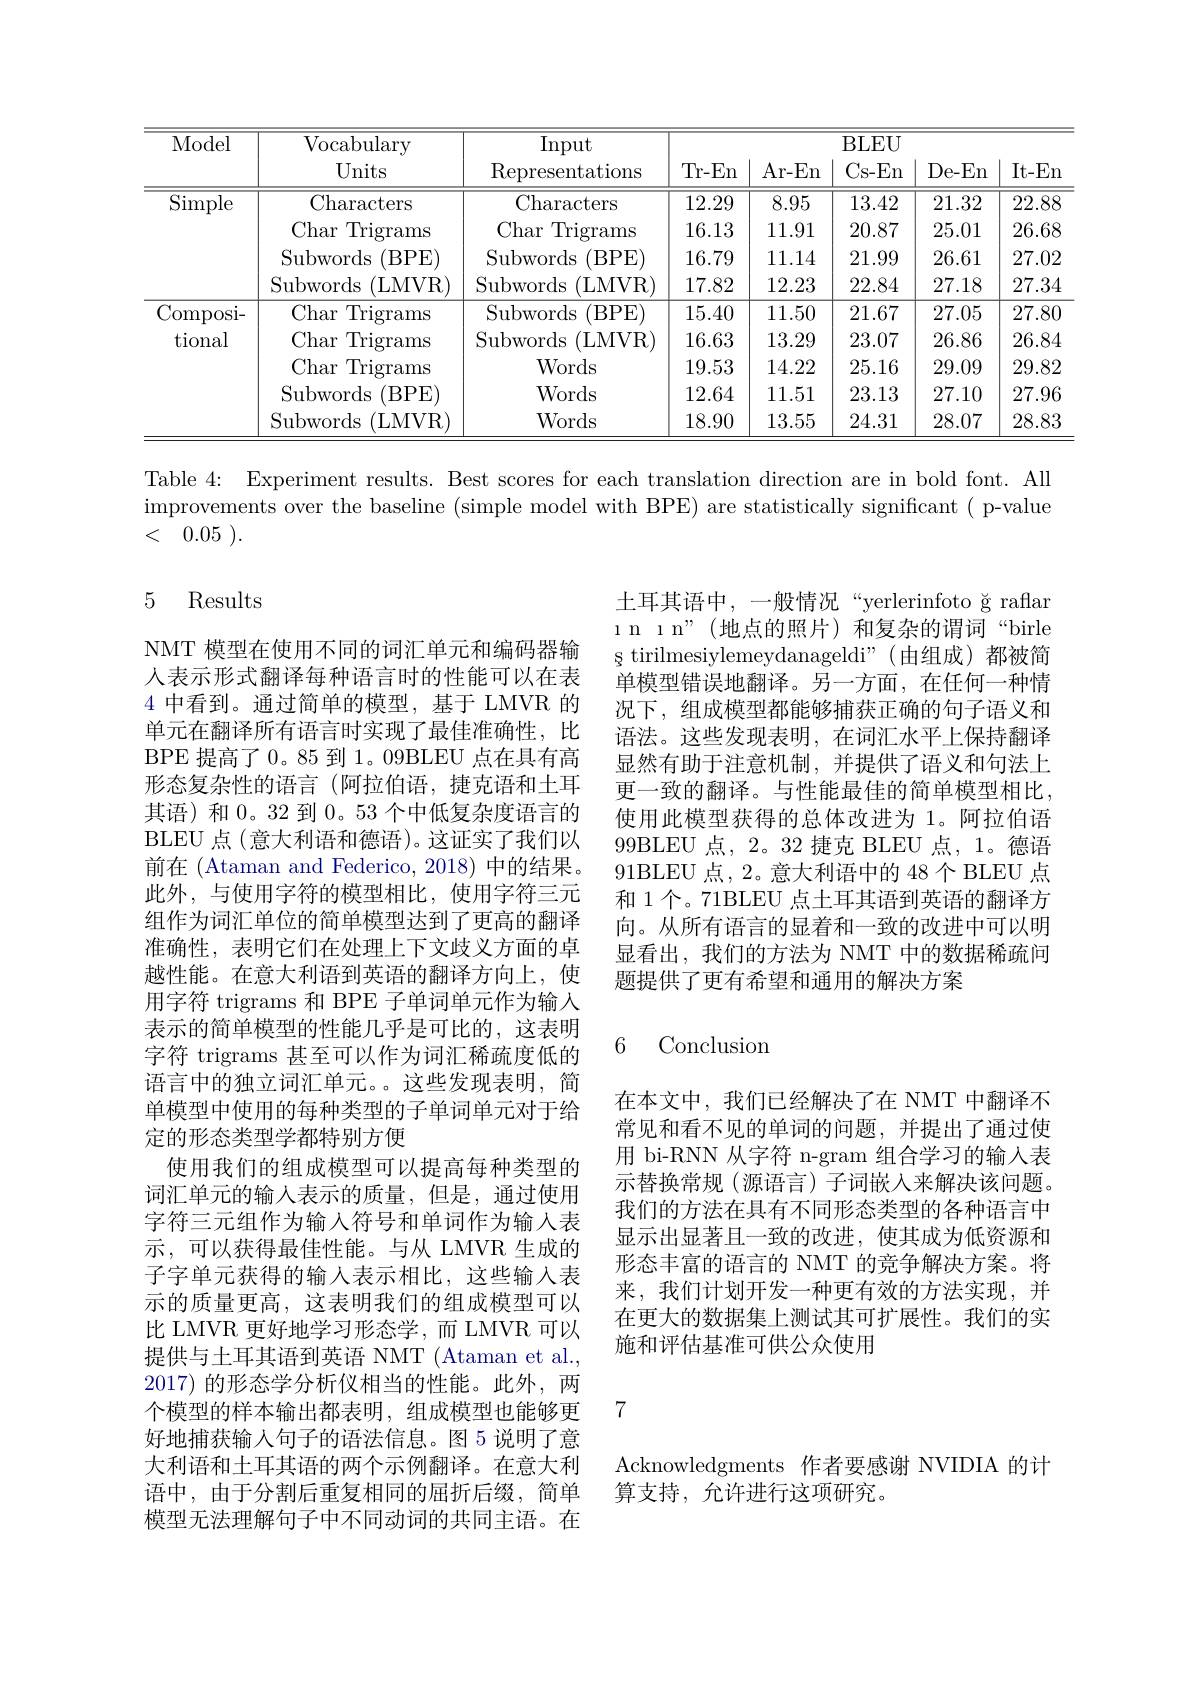
<table>
	<tbody>
		<tr>
			<th>Model</th>
			<th>$\operatorname{Vocabulary}$ Units</th>
			<th>Input Representations</th>
			<th>Tr- En</th>
			<th>Ar- En</th>
			<th>BLEU Cs- En</th>
			<th>De- En</th>
			<th>It- En</th>
		</tr>
		<tr>
			<td rowspan="4">Simple</td>
			<td>Characters</td>
			<td>Characters</td>
			<td>12.29</td>
			<td>8.95</td>
			<td>13.42</td>
			<td>21.32</td>
			<td>22.88</td>
		</tr>
		<tr>
			<td>Char Trigrams</td>
			<td>Char Trigrams</td>
			<td>16.13</td>
			<td>11.91</td>
			<td>20.87</td>
			<td>25.01</td>
			<td>26.68</td>
		</tr>
		<tr>
			<td>$\operatorname{Subwords}$ (BPE</td>
			<td>Subwords (BPE</td>
			<td>16.79</td>
			<td>11.14</td>
			<td>21.99</td>
			<td>26.61</td>
			<td>27.02</td>
		</tr>
		<tr>
			<td>Subwords (LMVR)</td>
			<td>$\operatorname{Subwords}$ (LMVR)</td>
			<td>17.82</td>
			<td>12.23</td>
			<td>22.84</td>
			<td>27.18</td>
			<td>27.34</td>
		</tr>
		<tr>
			<td rowspan="5">Composi- tional</td>
			<td>Char Trigrams</td>
			<td>Subwords (BPE</td>
			<td>15.40</td>
			<td>11.50</td>
			<td>21.67</td>
			<td>27.05</td>
			<td>27.80</td>
		</tr>
		<tr>
			<td>Char Trigrams</td>
			<td>Subwords (LMVR)</td>
			<td>16.63</td>
			<td>13.29</td>
			<td>23.07</td>
			<td>26.86</td>
			<td>26.84</td>
		</tr>
		<tr>
			<td>Char Trigrams</td>
			<td>Words</td>
			<td>19.53</td>
			<td>14.22</td>
			<td>25.16</td>
			<td>29.09</td>
			<td>29.82</td>
		</tr>
		<tr>
			<td>Subwords (BPE</td>
			<td>Words</td>
			<td>12.64</td>
			<td>11.51</td>
			<td>23.13</td>
			<td>27.10</td>
			<td>27.96</td>
		</tr>
		<tr>
			<td>Subwords (LMVR)</td>
			<td>Words</td>
			<td>18.90</td>
			<td>13.55</td>
			<td>24.31</td>
			<td>28.07</td>
			<td>28.83</td>
		</tr>
	</tbody>
</table>

Table 4: Experiment results. Best scores for each translation direction are in bold font. All improvements over the baseline (simple model with BPE) are statistically significant( p-value < 0.05 ).

## 5 Results

土耳其语中，一般情况“yerlerinfoto ğ raflar l n ı n”(地点的照片)和复杂的谓词“birle s tirilmesiylemeydanageldi" ( 由 组 成 ) 都 被 简 单模型错误地翻译。另一方面，在任何一种情况下，组成模型都能够捕获正确的句子语义和语法。这些发现表明，在词汇水平上保持翻译显然有助于注意机制，并提供了语义和句法上更一致的翻译。与性能最佳的简单模型相比， 使用此模型获得的总体改进为 1。阿拉伯语99BLEU 点，2。32 捷克 BLEU 点，1。德语91BLEU 点，2。意大利语中的 48 个 BLEU 点和 1 个。71BLEU 点土耳其语到英语的翻译方向。从所有语言的显着和一致的改进中可以明显看出，我们的方法为 NMT 中的数据稀疏问题提供了更有希望和通用的解决方案

### 6 Conclusiom

NMT 模型在使用不同的词汇单元和编码器输人表示形式翻译每种语言时的性能可以在表4中看到。通过简单的模型，基于 LMVR 的单元在翻译所有语言时实现了最佳准确性，比BPE 提高了 0。85 到 1。09BLEU 点在具有高形态复杂性的语言(阿拉伯语，捷克语和土耳其语)和 0。32 到0。53 个中低复杂度语言的BLEU 点(意大利语和德语)。这证实了我们以前在 (Ataman and Federico, 2018) 中的结果。此外，与使用字符的模型相比，使用字符三元组作为词汇单位的简单模型达到了更高的翻译准确性，表明它们在处理上下文歧义方面的卓越性能。在意大利语到英语的翻译方向上，使用字符 trigrams 和 BPE 子单词单元作为输入表示的简单模型的性能几乎是可比的，这表明字符 trigrams 甚至可以作为词汇稀疏度低的语言中的独立词汇单元。这些发现表明，简单模型中使用的每种类型的子单词单元对于给定的形态类型学都特别方便
使用我们的组成模型可以提高每种类型的词汇单元的输入表示的质量，但是，通过使用字符三元组作为输入符号和单词作为输入表示，可以获得最佳性能。与从 LMVR 生成的子字单元获得的输入表示相比，这些输入表示的质量更高，这表明我们的组成模型可以比 LMVR 更好地学习形态学，而 LMVR 可以提供与土耳其语到英语 NMT (Ataman et al., 2017)的形态学分析仪相当的性能。此外，两个模型的样本输出都表明，组成模型也能够更好地捕获输入句子的语法信息。图 5 说明了意大利语和土耳其语的两个示例翻译。在意大利语中，由于分割后重复相同的屈折后缀，简单模型无法理解句子中不同动词的共同主语。在

在本文中，我们已经解决了在 NMT 中翻译不常见和看不见的单词的问题，并提出了通过使用 bi-RNN 从字符 n-gram 组合学习的输入表示替换常规(源语言)子词嵌入来解决该问题。我们的方法在具有不同形态类型的各种语言中显示出显著且一致的改进，使其成为低资源和形态丰富的语言的 NMT 的竞争解决方案。将来，我们计划开发一种更有效的方法实现，并在更大的数据集上测试其可扩展性。我们的实施和评估基准可供公众使用

7

Acknowledgments 作者要感谢 NVIDIA 的计
算支持，允许进行这项研究。